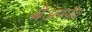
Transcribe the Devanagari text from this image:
बेअर्स्पव